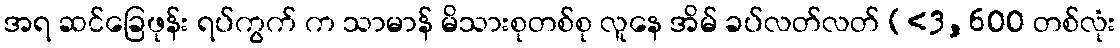
အရ ဆင်ခြေဖုန်း ရပ်ကွက် က သာမာန် မိသားစုတစ်စု လူနေ အိမ် ခပ်လတ်လတ် (<3,600 တစ်လုံး